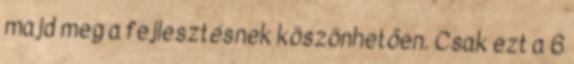
majd meg a fejlesztésnek köszönhetően. Csak ezt a 6